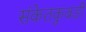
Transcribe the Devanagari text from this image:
संकेतकुबडी